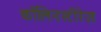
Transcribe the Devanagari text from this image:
कॉलिनस्टीरेज़